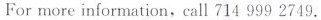
For more information, call 714 999 2749.